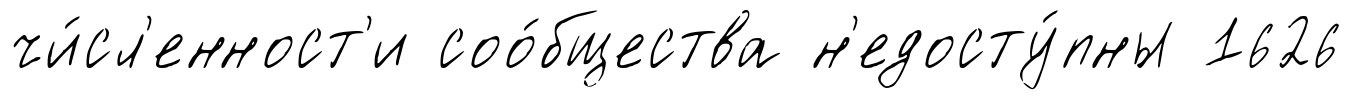
чи́сл'енност'и соо́бщества н'едосту́пны 1626